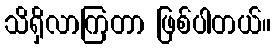
သိရှိလာကြတာ ဖြစ်ပါတယ်။